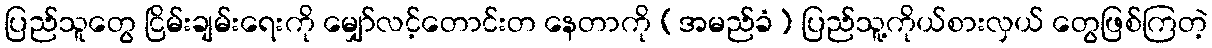
ပြည်သူတွေ ငြိမ်းချမ်းရေးကို မျှော်လင့်တောင်းတ နေတာကို (အမည်ခံ) ပြည်သူ့ကိုယ်စားလှယ် တွေဖြစ်ကြတဲ့